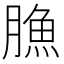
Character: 䐳